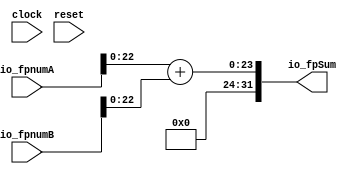
// This program was cloned from: https://github.com/wilfredkisku/CHISEL3-PROJECTS
// License: The Unlicense

module fp32Class(
  input         clock,
  input         reset,
  input  [31:0] io_fpnumA,
  input  [31:0] io_fpnumB,
  output [31:0] io_fpSum
);
  wire [22:0] fpnumAman = io_fpnumA[22:0]; // @[fp32Class.scala 15:28]
  wire [22:0] fpnumBman = io_fpnumB[22:0]; // @[fp32Class.scala 20:28]
  wire [23:0] _sum_T = fpnumAman + fpnumBman; // @[fp32Class.scala 25:20]
  assign io_fpSum = {{8'd0}, _sum_T}; // @[fp32Class.scala 22:17 25:7]
endmodule